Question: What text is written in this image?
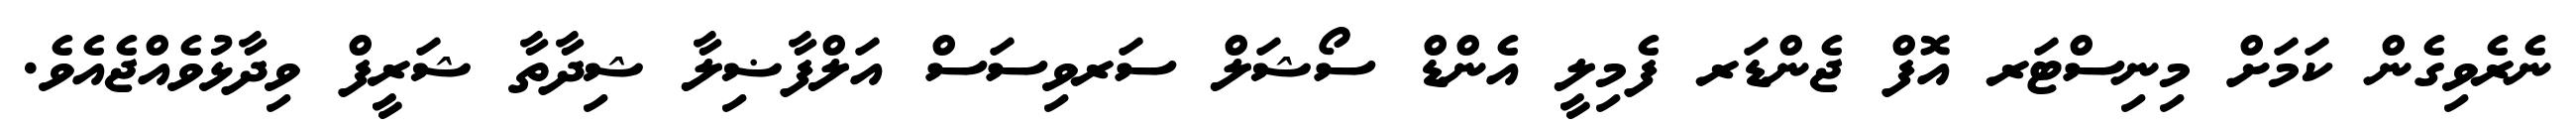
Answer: ނެރެވިގެން ކަމަށް މިނިސްޓަރ އޮފް ޖެންޑަރ ފެމިލީ އެންޑް ސޯޝަލް ސަރވިސަސް އަލްފާޟިލާ ޝިދާތާ ޝަރީފް ވިދާޅުވެއްޖެއެވެ.